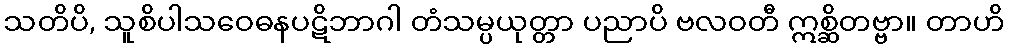
သတိပိ, သူစိပါသဝေဓနပဋိဘာဂါ တံသမ္ပယုတ္တာ ပညာပိ ဗလဝတီ ဣစ္ဆိတဗ္ဗာ။ တာဟိ